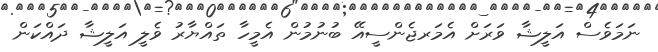
ނަމަވެސް އަލީޝާ ވަރަށް އެމަރޖެންސީއޭ ބުނުމުން އެމީހާ ތައްޔާރު ވެލީ އަލީޝާ ދައްކަން